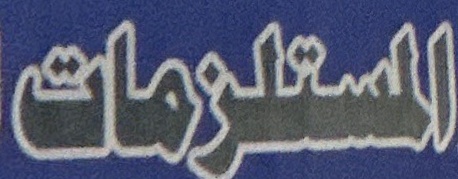
المستلزمات